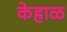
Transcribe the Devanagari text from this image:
केहाळ